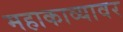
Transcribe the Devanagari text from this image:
महाकाव्यावर